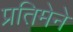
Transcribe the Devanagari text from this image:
प्रतिमेने